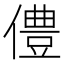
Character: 僼